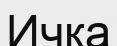
Ичка